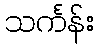
သင်္ကန်း